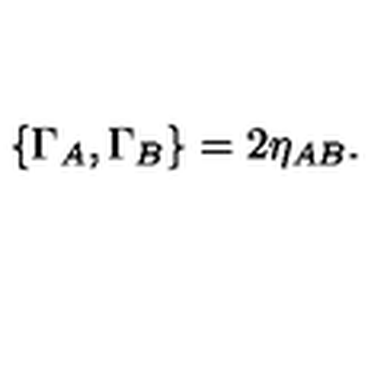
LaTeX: { \lbrace \Gamma _ { A } , \Gamma _ { B } \rbrace = 2 \eta _ { A B } . }